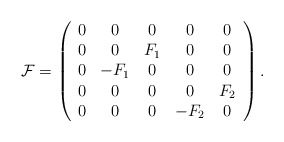
\begin{align*}{\cal F}=\left(\begin{array}{ccccc}0 & 0 & 0 & 0 & 0 \\0 & 0 & F_1 & 0 & 0 \\0 & -F_1& 0 & 0 & 0 \\0 & 0 & 0 & 0 & F_2 \\0 & 0 & 0 & -F_2 & 0\end{array}\right).\end{align*}